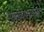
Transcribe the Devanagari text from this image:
साख्यशास्त्र